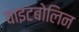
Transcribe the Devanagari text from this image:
वाइटबोलिन